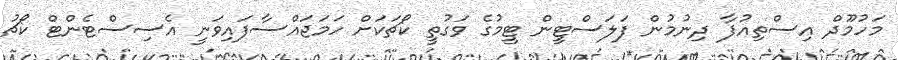
މަހުމޫދް އިސްތިއުފާ ދިނުމުން ފަލަސްޓީން ޓީމުގެ ވަގުތީ ކޯޗަކަށް ހަމަޖައްސާފައިވަނީ އެސިސްޓެންޓް ކޯޗު